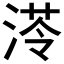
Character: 𱧔